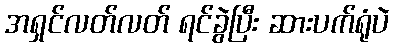
အရှင်လတ်လတ် ရင်ခွဲပြီး ဆားပက်ရုံပဲ